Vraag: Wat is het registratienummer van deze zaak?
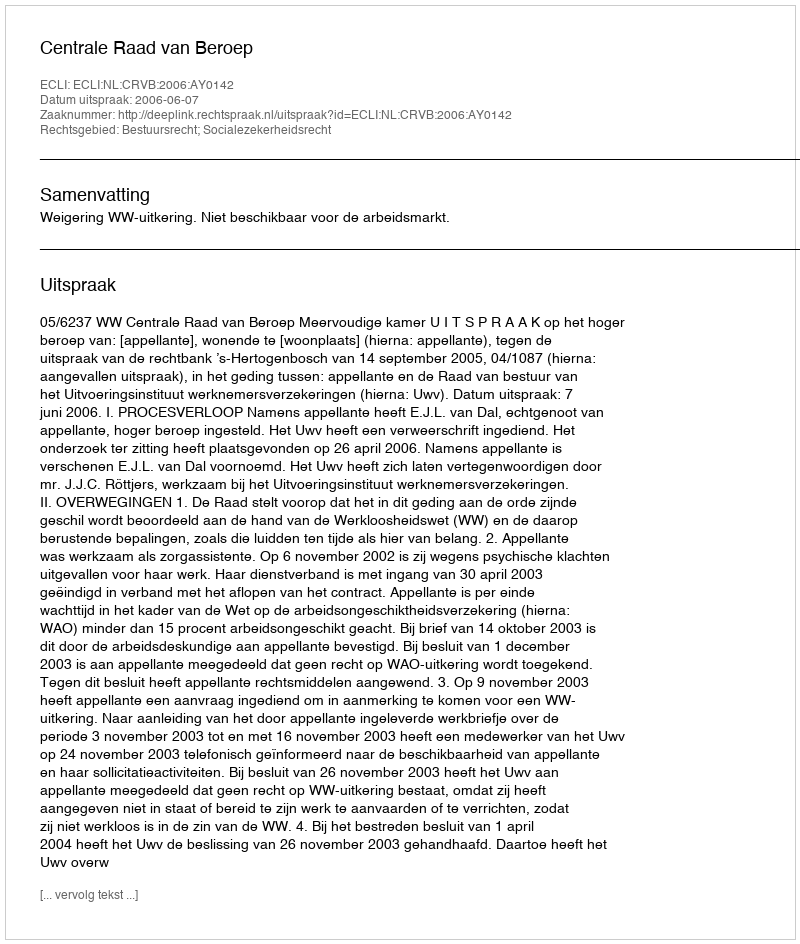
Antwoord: http://deeplink.rechtspraak.nl/uitspraak?id=ECLI:NL:CRVB:2006:AY0142